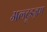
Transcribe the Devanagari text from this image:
अल्ट्रूइज़म